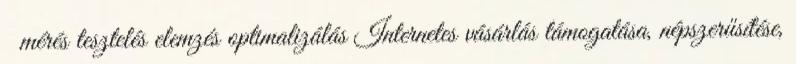
mérés tesztelés elemzés optimalizálás Internetes vásárlás támogatása, népszerűsítése,